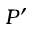
P ^ { \prime }